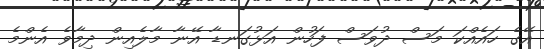
އޭގެ ހައެއްކަ މަސް ދުވަސް ފަހުން އަޅުގަނޑާ އޭނާ މާލެއިން ދިމާވެ އެންމެ